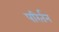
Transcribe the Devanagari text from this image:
परिर्तन